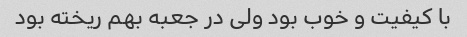
با کیفیت و خوب بود ولی در جعبه بهم ریخته بود